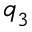
\boldsymbol { q } _ { 3 }